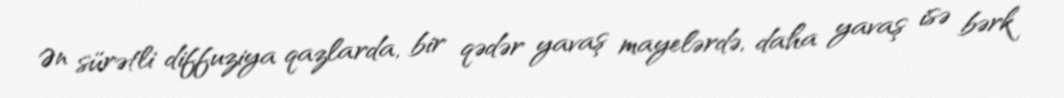
Ən sürətli diffuziya qazlarda, bir qədər yavaş mayelərdə, daha yavaş isə bərk